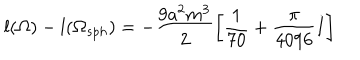
l ( \Omega ) - l ( \Omega _ { s p h } ) = - \frac { 9 a ^ { 2 } m ^ { 3 } } { 2 } \left[ \frac { 1 } { 7 0 } + \frac { \pi } { 4 0 9 6 } I \right]